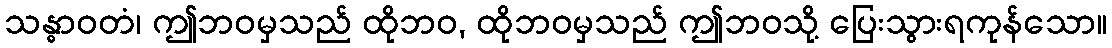
သန္ဓာဝတံ၊ ဤဘဝမှသည် ထိုဘဝ, ထိုဘဝမှသည် ဤဘဝသို့ ပြေးသွားရကုန်သော။